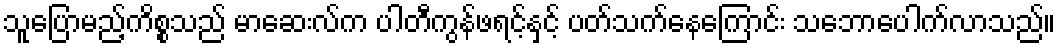
သူပြောမည့်ကိစ္စသည် မာဆေးလ်က ပါတီကွန်ဖရင့်နှင့် ပတ်သက်နေကြောင်း သဘောပေါက်လာသည်။